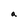
Character: a